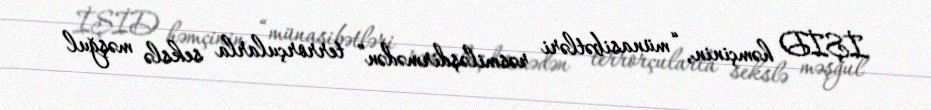
İŞİD həmçinin, “münasibətləri rəsmiləşdirmədən” terrorçularla sekslə məşğul